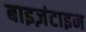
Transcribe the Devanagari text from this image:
बाइज़ंटाइन